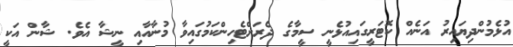
އުޅެމުންދިޔައިރު އަނެއް ކޮޓަރީގައިއުޅެނީ ސީމާގެ ދެރަށްޓެހިންކަމުގައިވާ މުނާއާއި ނީޝާ އެވެ. ޝާން އަކީ